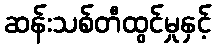
ဆန်းသစ်တီထွင်မှုနှင့်